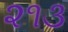
૨૧૩